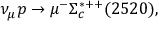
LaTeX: \nu _ { \mu } p \rightarrow \mu ^ { - } \Sigma _ { c } ^ { * + + } ( 2 5 2 0 ) ,